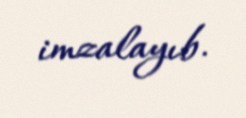
imzalayıb.